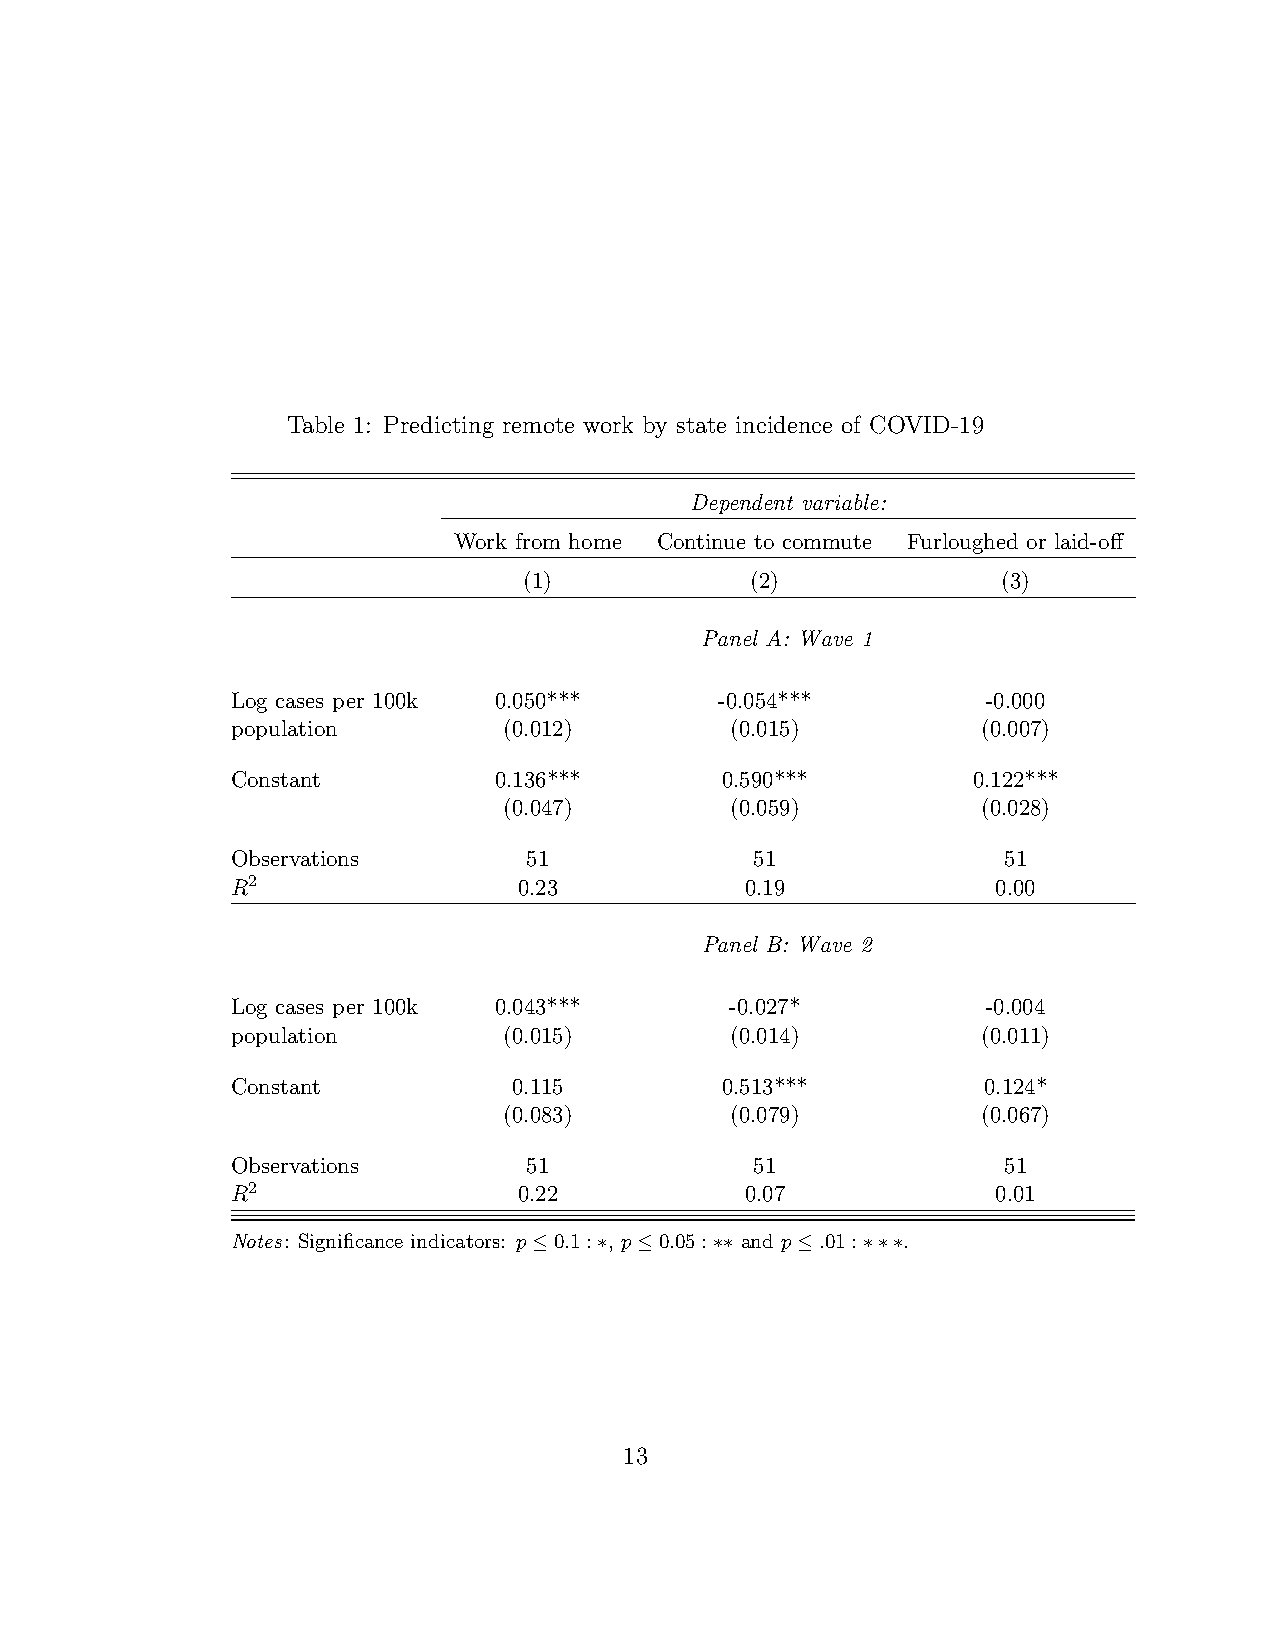
Table 1: Predicting remote work by state incidence of COVID-19
 Dependent variable:
 Work from home Continue to commute Furloughed or laid-off
 (1)            (2)             (3)
 Panel A: Wave 1
 Log cases per 100k 0.050***      -0.054***        -0.000
 population        (0.012)        (0.015)          (0.007)
 Constant          0.136***       0.590***        0.122***
 (0.047)        (0.059)          (0.028)
 Observations        51             51              51
 R2                 0.23           0.19             0.00
 Panel B: Wave 2
 Log cases per 100k 0.043***      -0.027*          -0.004
 population        (0.015)        (0.014)          (0.011)
 Constant           0.115         0.513***         0.124*
 (0.083)        (0.079)          (0.067)
 Observations        51             51              51
 R2                 0.22           0.07             0.01
 Notes: Significance indicators: p≤0.1:∗, p≤0.05:∗∗ and p≤.01:∗∗∗.
 13